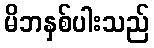
မိဘနှစ်ပါးသည်